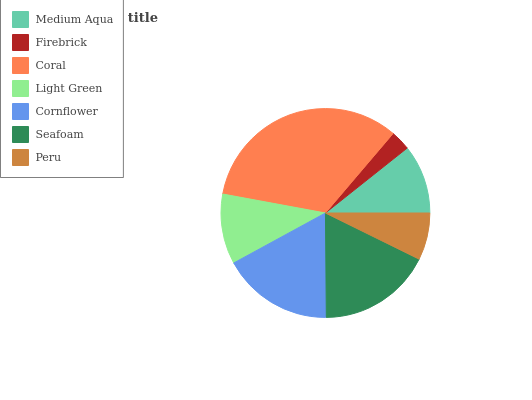
| Medium Aqua | Firebrick | Coral | Light Green | Cornflower | Seafoam | Peru |
 | --- | --- | --- | --- | --- | --- | --- |
 | 10.7% | 3.09% | 33.3% | 10.9% | 17.2% | 17.5% | 7.3% |